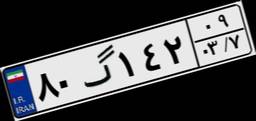
۵۹گ۷۶۵۳۴